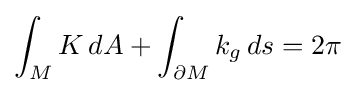
\int _{M}K\,dA+\int _{\partial M}k_{g}\,ds=2\pi